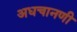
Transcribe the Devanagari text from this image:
अधचानणी